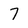
Character: 7